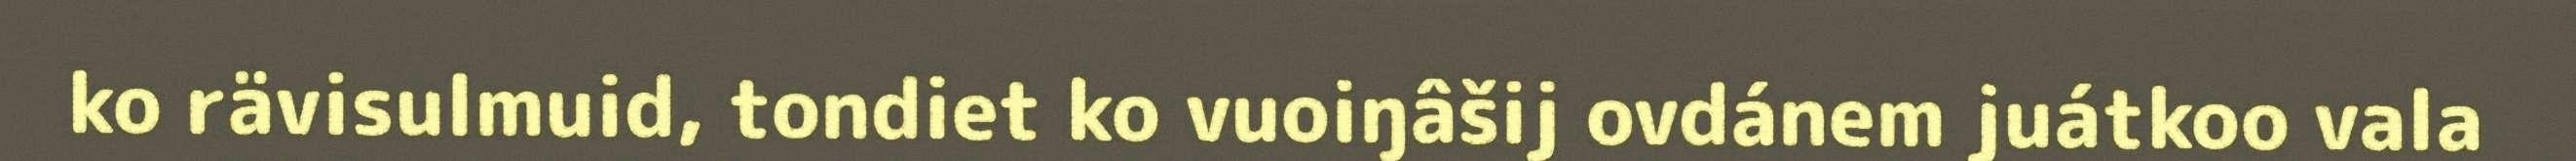
ko rävisulmuid, tondiet ko vuoiŋâšij ovdánem juátkoo vala